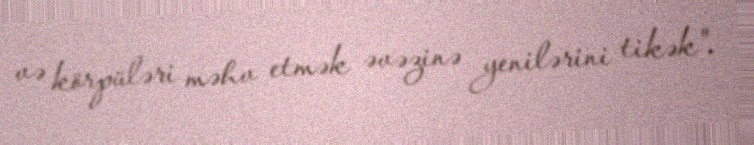
və körpüləri məhv etmək əvəzinə yenilərini tikək".